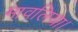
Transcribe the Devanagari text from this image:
मावलिया।